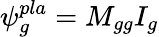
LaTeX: \psi_{g}^{pla}=M_{gg}I_{g}